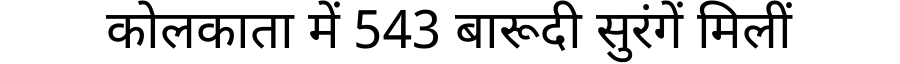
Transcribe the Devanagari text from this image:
कोलकाता में 543 बारूदी सुरंगें मिलीं